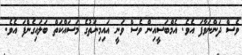
ވެސް ދަންނަވާފަ އެވެ. އެމްބަސީއިން ވެސް ވަނީ އައިމިނަތުގެ މަސައްކަތް ބަލައިގެންފަ އެވެ.